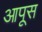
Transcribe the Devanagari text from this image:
आपूस